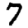
Digit: 7